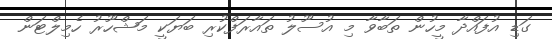
ގަޑި އުފައްދާ މީހުން ތަބާވާ މި އުސޫލު ތައާރަފްކުރި ބަޔަކީ މަޝްހޫރު ހެމިލްޓަން